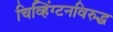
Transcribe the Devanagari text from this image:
चिव्हिंग्टनविरुद्ध